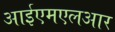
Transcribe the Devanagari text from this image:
आईएमएलआर